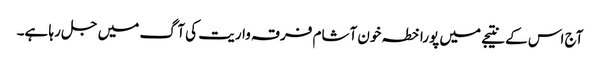
آج اس کے نتیجے میں پورا خطہ خون آشام فرقہ واریت کی آگ میں جل رہا ہے۔